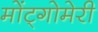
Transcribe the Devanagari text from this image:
मोंट्गोमेरी